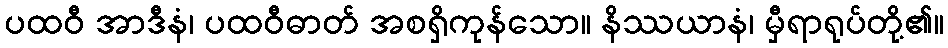
ပထဝီ အာဒီနံ၊ ပထဝီဓာတ် အစရှိကုန်သော။ နိဿယာနံ၊ မှီရာရုပ်တို့၏။